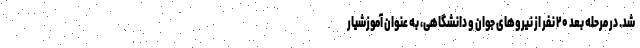
شد. در مرحله بعد ۲۰ نفر از نیروهای جوان و دانشگاهی، به عنوان آموزشیار